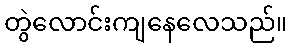
တွဲလောင်းကျနေလေသည်။